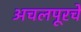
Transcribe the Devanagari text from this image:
अचलपूरचे